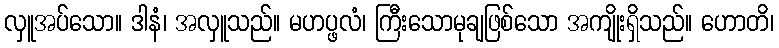
လှူအပ်သော။ ဒါနံ၊ အလှူသည်။ မဟပ္ဖလံ၊ ကြီးသောမုချဖြစ်သော အကျိုးရှိသည်။ ဟောတိ၊